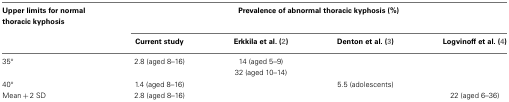
<table><thead><tr><td><b>Upper limits for normal thoracic kyphosis</b></td><td colspan="4"><b>Prevalence of abnormal thoracic kyphosis (%)</b></td></tr><tr><td></td><td><b>Current study</b></td><td><b>Erkkila et al. (2)</b></td><td><b>Denton et al. (3)</b></td><td><b>Logvinoff et al. (4)</b></td></tr></thead><tbody><tr><td>35°</td><td>2.8 (aged 8–16)</td><td>14 (aged 5–9)</td><td></td><td></td></tr><tr><td></td><td></td><td>32 (aged 10–14)</td><td></td></tr><tr><td>40°</td><td>1.4 (aged 8–16)</td><td></td><td>5.5 (adolescents)</td><td></td></tr><tr><td>Mean + 2 SD</td><td>2.8 (aged 8–16)</td><td></td><td></td><td>22 (aged 6–36)</td></tr></tbody></table>